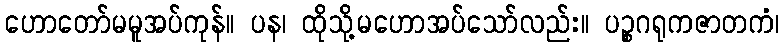
ဟောတော်မမူအပ်ကုန်။ ပန၊ ထိုသို့မဟောအပ်သော်လည်း။ ပဉ္စဂရုကဇာတကံ၊